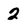
Character: 2